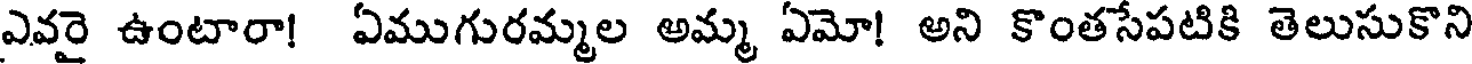
ఎవరై ఉంటారా! ఏముగురమ్మల అమ్మ ఏమో! అని కొంతసేపటికి తెలుసుకొని